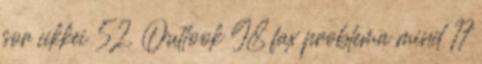
sor cikkei 52. Outlook 98 fax problema mind 17